Annual returns of the Patna Lunatic Asylum at Bankipore in Bihar and Orissa - 1912-1924
Year: 1912
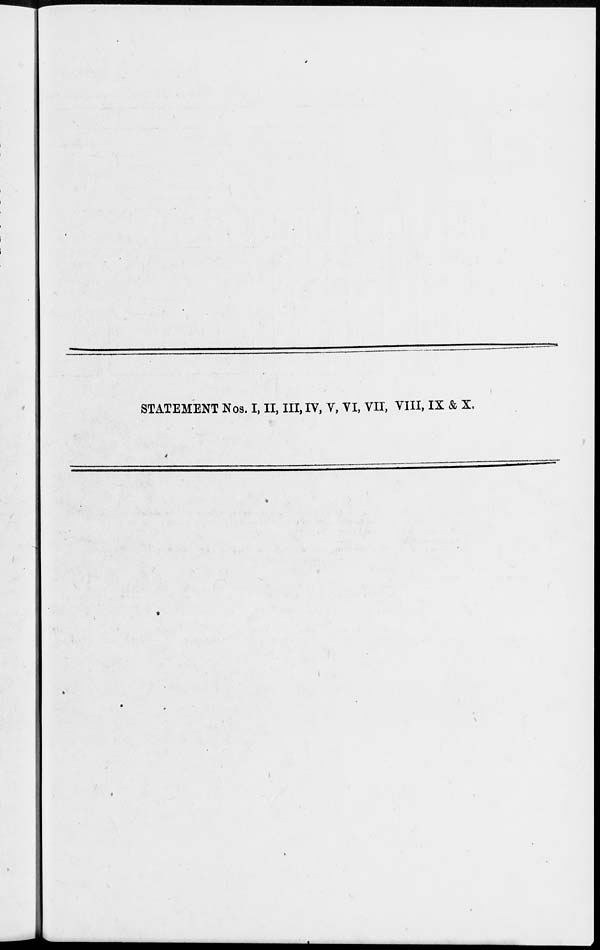
STATEMENT Nos. I, II, III, IV, V, VI, VII, VIII, IX & X.